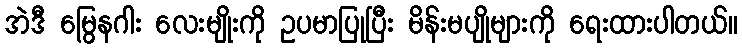
အဲဒီ မြွေနဂါး လေးမျိုးကို ဥပမာပြုပြီး မိန်းမပျိုများကို ရေးထားပါတယ်။